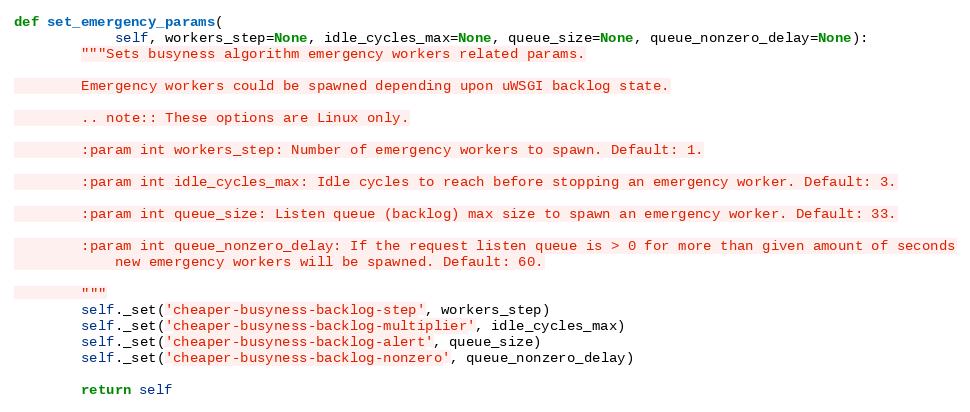
Language: Python
def set_emergency_params(
            self, workers_step=None, idle_cycles_max=None, queue_size=None, queue_nonzero_delay=None):
        """Sets busyness algorithm emergency workers related params.

        Emergency workers could be spawned depending upon uWSGI backlog state.

        .. note:: These options are Linux only.

        :param int workers_step: Number of emergency workers to spawn. Default: 1.

        :param int idle_cycles_max: Idle cycles to reach before stopping an emergency worker. Default: 3.

        :param int queue_size: Listen queue (backlog) max size to spawn an emergency worker. Default: 33.

        :param int queue_nonzero_delay: If the request listen queue is > 0 for more than given amount of seconds
            new emergency workers will be spawned. Default: 60.

        """
        self._set('cheaper-busyness-backlog-step', workers_step)
        self._set('cheaper-busyness-backlog-multiplier', idle_cycles_max)
        self._set('cheaper-busyness-backlog-alert', queue_size)
        self._set('cheaper-busyness-backlog-nonzero', queue_nonzero_delay)

        return self